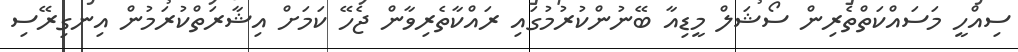
ސިއްހީ މަސައްކަތްތެރިން ސޯޝަލް މީޑިއާ ބޭނުންކުރުމުގައި ރައްކާތެރިވާން ޖެހޭ ކަމަށް އިޝާރަތްކުރަމުން އިނގިރޭސި